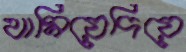
থামিয়েদিয়ে